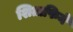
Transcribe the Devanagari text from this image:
शिताफिने